Medical and sanitary report of the native army of Madras for the year
Year: 1872
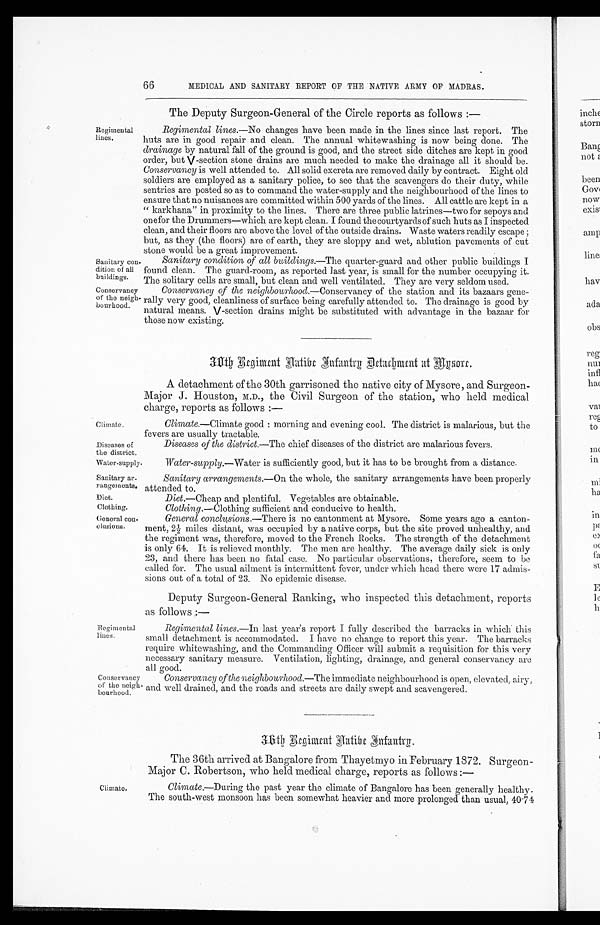
Climate.
Diseases of
the district.
Diet.— Cheap and plentiful. Vegetables are obtainable.
Clothing—Clothing sufficient and conducive to health.
Diet.
Clothing.
66
MEDICAL AND SANITARY REPORT OF THE NATIVE ARMY OF MADRAS.
The Deputy Surgeon-General of the Circle reports as follows:—
Regimental
lines.
Sanitary con
-dition of all
buildings.
Regimental lines.— No changes have been made in the lines since last report. The
huts are in good repair and clean. The annual whitewashing is now being done. The
drainage by natural fall of the ground is good, and the street side ditches are kept in good
order, but V-section stone drains are much needed to make the drainage all it should be.
Conservancy is well attended to. All solid excreta are removed daily by contract. Eight old
soldiers are employed as a sanitary police, to see that the scavengers do their duty, while
sentries are posted so as to command the water-supply and the neighbourhood of the lines to
ensure that no nuisances are committed within 500 yards of the lines. All cattle are kept in a
"karkhana" in proximity to the lines. There are three public latrines—two for sepoys and
one for the Drummers—which are kept clean. I found the courtyards of such huts as I inspected
clean, and their floors are above the level of the outside drains. Waste waters readily escape;
but, as they (the floors) are of earth, they are sloppy and wet, ablution pavements of cut
stone would be a great improvement.
Sanitary condition of all buildings.— The quarter-guard and other public buildings I
found clean. The guard-room, as reported last year, is small for the number occupying it.
The solitary cells are small, but clean and well ventilated. They are very seldom used.
Conservancy
of the neigh-
bourhood.
Conservancy of the neighbourhood.— Conservancy of the station and its bazaars gene
- r a l l y v e r y g o o d , c l e a n l i n e s s o f s u r f a c e b e i n g c a r e f u l l y a t t e n d e d t o . T h e d r a i n a g e i s g o o d b y
natural means. V-section drains might be substituted with advantage in the bazaar for
those now existing.
30th Regiment Native Infantry Detachment at Mysore.
A detachment of the 30th garrisoned the native city of Mysore, and Surgeon
-Major J. Houston, M.D., the Civil Surgeon of the station, who held medical
charge, reports as follows:—
Climate.—Climate good: morning and evening cool. The district is malarious, but the
fevers are usually tractable.
Diseases of the district.— The chief diseases of the district are malarious fevers.
Water-supply.
Water-supply.— Water is sufficiently good, but it has to be brought from a distance.
Sanitary ar
-rangements.
Sanitary arrangements.— On the whole, the sanitary arrangements have been properly
attended to.
General con-
clusions.
General conclusions.— There is no cantonment at Mysore. Some years ago a canton
- m e n t , 2 ½ m i l e s d i s t a n t , w a s o c c u p i e d b y a n a t i v e c o r p s , b u t t h e s i t e p r o v e d u n h e a l t h y , a n d
the regiment was, therefore, moved to the French Rocks. The strength of the d etachment
is only 64. It is relieved monthly. The men are healthy. The average daily sick is only
23, and there has been no fatal case. No particular observations, therefore, seem to be
called for. The usual ailment is intermittent fever, under which head there were 17 admis-
sions out of a total of 23. No epidemic disease.
Deputy Surgeon-General Ranking, who inspected this detachment, reports
as follows:—
Regimental
lines.
Conservancy
of the neigh
- b o u r h o o d .
Regimental lines.—In last year's report I fully described the barracks in which this
small detachment is accommodated. I have no change to report this year. The barracks
require whitewashing, and the Commanding Officer will submit a requisition for this very
necessary sanitary measure. Ventilation, lighting, drainage, and general conservancy are
all good.
Conservancy of the neighbourhood.—The immediate neighbourhood is open, elevated, airy,
and well drained, and the roads and streets are daily swept and scavengered.
36th Regiment Native Infantry.
The 36th arrived at Bangalore from Thayetmyo in February 1872. Surgeon
-Major C. Robertson, who held medical charge, reports as follows:—
Climate,
Climate.—During the past year the climate of Bangalore has been generally healthy.
The south-west monsoon has been somewhat heavier and more prolonged than usual, 40-74